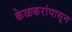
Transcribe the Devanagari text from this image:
केळकरांपासून